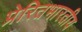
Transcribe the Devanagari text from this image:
प्रेरितभारतीय